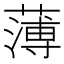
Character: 薄